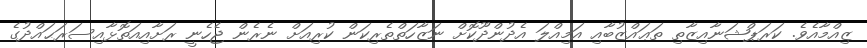
ޒިއްމާއެވެ. ކަރަޕްޝަނާއިޒާތި ތަޢައްޒުބާއި އަމިއްލަ އެދުންދޫކޮށް ނަޒާހަތްތެރިކަން ކުރިއަށް ނެރެން ޖެހެނީ ރަށާއިއަތޮޅާއިސަރަޙައްދުގެ